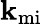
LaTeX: \mathbf{k}_{\mathrm{{mi}}}